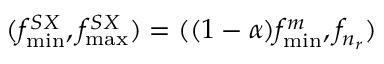
( f _ { \operatorname* { m i n } } ^ { S X } , f _ { \operatorname* { m a x } } ^ { S X } ) = ( ( 1 - \alpha ) f _ { \operatorname* { m i n } } ^ { m } , f _ { n _ { r } } )